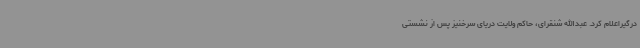
درگیراعلام کرد. عبدالله شنقرای، حاکم ولایت دریای سرخنیز پس از نشستی